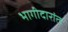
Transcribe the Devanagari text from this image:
भागीदारांत